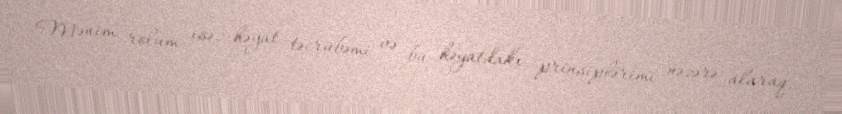
Mənim rolum isə, həyat təcrübəmi və bu həyatdakı prinsiplərimi nəzərə alaraq,